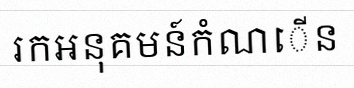
រកអនុគមន៍កំណើន